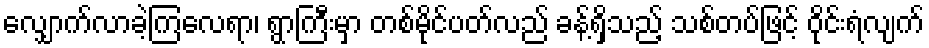
လျှောက်လာခဲ့ကြလေရာ၊ ရွာကြီးမှာ တစ်မိုင်ပတ်လည် ခန့်ရှိသည့် သစ်တပ်ဖြင့် ဝိုင်းရံလျက်